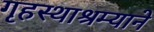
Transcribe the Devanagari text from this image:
गृहस्थाश्रम्याने